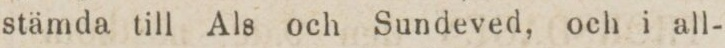
stämda till Als och Sundeved, och i all-